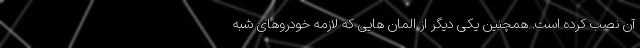
آن نصب کرده است. همچنین یکی دیگر از المان هایی که لازمه خودروهای شبه